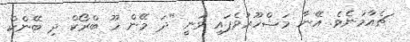
ޗެއާމަނެވެ. އޭނާ މަޝްހޫރުވެފައި ވަނީ "ދަ މޭން ހޫ ބްރޯކް ދި ބޭންކް